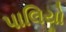
પાલિયો